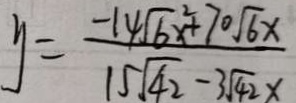
y = \frac { - 1 4 \sqrt { 6 } ^ { 2 } x + 7 0 \sqrt { 6 } x } { 1 5 \sqrt { 4 2 } - 3 \sqrt { 4 2 x } }